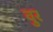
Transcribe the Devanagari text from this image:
वुर